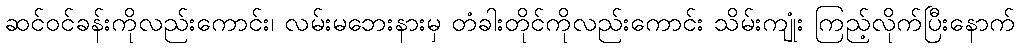
ဆင်ဝင်ခန်းကိုလည်းကောင်း၊ လမ်းမဘေးနားမှ တံခါးတိုင်ကိုလည်းကောင်း သိမ်းကျုံး ကြည့်လိုက်ပြီးနောက်